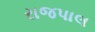
રાજપાલ